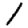
Digit: 1